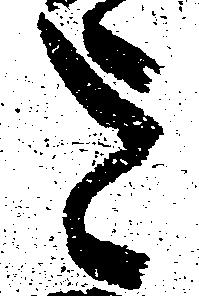
を